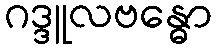
ဂဒ္ဒူလဗန္ဓော